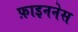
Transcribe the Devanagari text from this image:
फ़ाइननेस